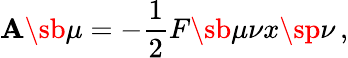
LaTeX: \mathbf{A}\sb\mu=-\frac{{1}}{{2}}F\sb{\mu\nu}x\sp\nu\, ,